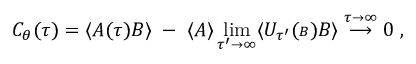
C _ { \theta } ( \tau ) = \langle { \cal A } ( \tau ) { \cal B } \rangle \; - \; \langle { \cal A } \rangle \operatorname * { l i m } _ { \tau ^ { \prime } \rightarrow \infty } \langle { \cal U } _ { \tau ^ { \prime } } ( { \scriptstyle { \cal B } } ) { \cal B } \rangle \stackrel { \tau \rightarrow \infty } { \longrightarrow } 0 \; ,